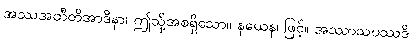
အဿအတီတိအာဒိနာ၊ ဤသို့အစရှိသော။ နယေန၊ ဖြင့်။ အဿာသပဿဒိ